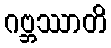
ဂဗ္ဘဿာတိ